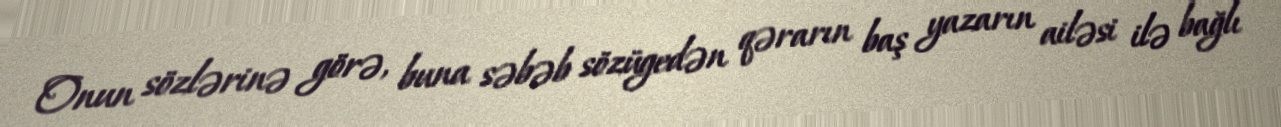
Onun sözlərinə görə, buna səbəb sözügedən qərarın baş yazarın ailəsi ilə bağlı